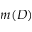
m ( D )